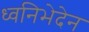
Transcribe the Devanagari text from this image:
ध्वनिभेदेन